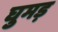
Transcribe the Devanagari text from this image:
घुमड़